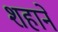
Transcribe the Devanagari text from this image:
शहानें